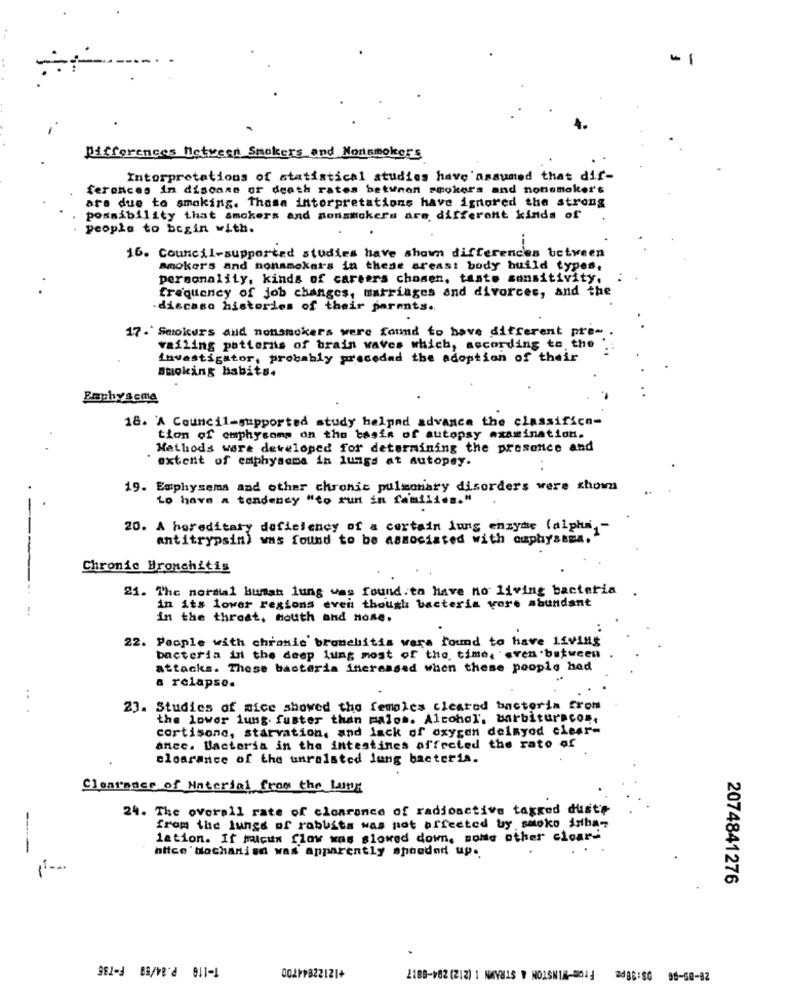
-1
4.
Differences Metreet Smokers and Nonsmokers
Interpretations of statistical studies have 'assumed that dif-
ferences in disoone or death rates betunon smokers and nonsmokers
are due to smoking. These interpretations have ignored the strong
possibility that smokers and nonsmokers are different kinds of
people to begin with.
16. Council-supported studies have shown differences between
mokers and nonsmokers in these areast body build types,
personality, kinds of careers chosen, taste sensitivity,
frequency of job changes, marriages and divorces, and the
-discaso histories of their parents ..
17- Smokurs and nonsmokers were found to have different pre-
vailing patterns of brain waves which, according to the
Investigator, probably precedad the adoption of their
smoking habits.
Pochysema
18. 'A Council-supported study helpad advance the classifica-
tion of emphysoms on the basis of autopsy examination.
Methods ware developed for determining the presence and
extent of emphysema in lungs at autopay.
19. Emphysema and other chronic pulmonary disorders were shown
Lo have a tendency "to run in families."
20. A hereditary deficiency of a certain lung enzyme (alpha ,-
antitrypsin) was found to be associated with cuphyssma."
---
Chronic Bronchitis
21. The nordal human lung was found.to Have no living bacteria
in its lower regions even though bacteria vore abundant
in the throat, south and Hone.
22. People with chronic bronchitis wers found to have 15VIN$
bacteria in the deep lung most of the time, "sven .between
attacks. These bacteria increased when these people had
& relapse.
..
23. Studies of mice showed the females cleared bacteria from
the lower lung. fuster than malos. Alcohol, barbituracos,
cortisone, starvation, and lack of oxygen delnyod clear-
anec. Bacteria in the intestines offreled the rate of
clearance of the unrelated lung bacteris.
Clearance of Material from the Lung
24. The overall rate of clearance of radioactive tagged duste
from the lungs of rabbits was not affected by smoko isha-
lation. If micin flow wns slowed down, none other clear-
nice' dochanian was apparently spooder up.
-
2074841276
2020/'2 011-1
0021#822121+
2100-102 (12) 1 MAYIS W MOISNIM-2014 2088:80 98-60-82